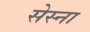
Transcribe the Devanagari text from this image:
सेस्ना